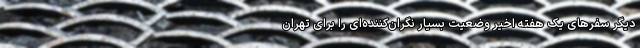
دیگر سفرهای یک هفته اخیر وضعیت بسیار نگران‌کننده‌ای را برای تهران